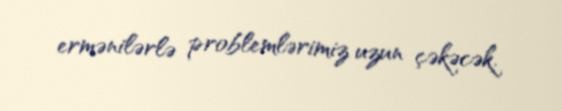
ermənilərlə problemlərimiz uzun çəkəcək.